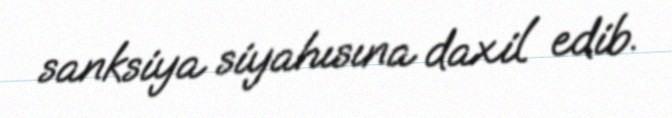
sanksiya siyahısına daxil edib.